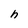
Character: h